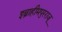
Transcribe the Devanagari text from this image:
इब्राहीमपुरराजू